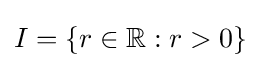
I=\{r\in \mathbb {R} :r>0\}